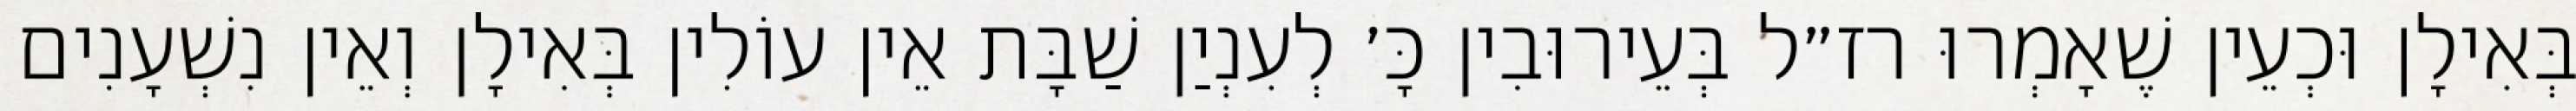
בְּאִילָן וּכְעֵין שֶׁאָמְרוּ רז״ל בְּעֵירוּבִין כָּ׳ לְעִנְיַן שַׁבָּת אֵין עוֹלִין בְּאִילָן וְאֵין נִשְׁעָנִים